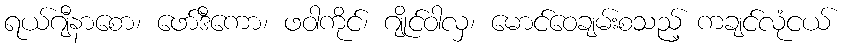
ရယ်ဂျီနာစော၊ ဖော်ဒီကော၊ ဖဝါကိုင်၊ ဂျိုင်ဝါလှ၊ မောင်ဝေချမ်းစသည့် ကချင်လုံငယ်